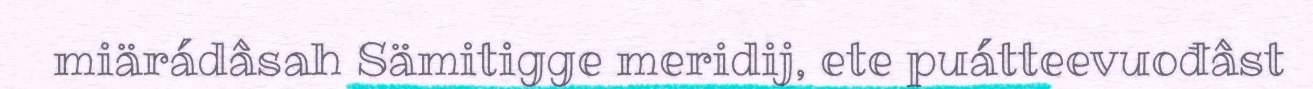
miärádâsah Sämitigge meridij, ete puátteevuođâst